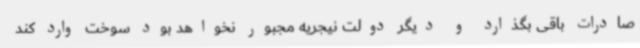
صادرات باقی بگذارد و دیگر دولت نیجریه مجبور نخواهد بود سوخت وارد کند